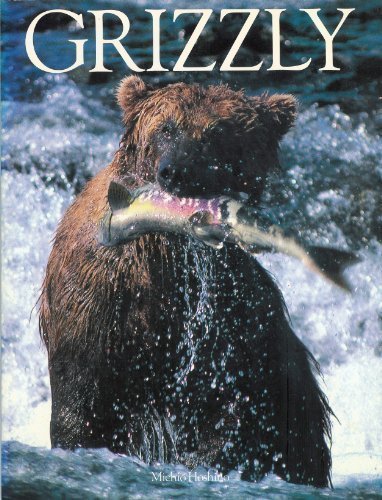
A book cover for Grizzly; Micho Hoshino; Sports & Outdoors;